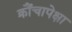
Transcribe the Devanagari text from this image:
क्रौंचापेक्षा